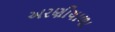
અરણીયાળા